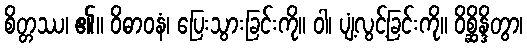
စိတ္တဿ၊ ၏။ ဝိဓာဝနံ၊ ပြေးသွားခြင်းကို။ ဝါ၊ ပျံ့လွင့်ခြင်းကို။ ဝိစ္ဆိန္ဒိတွာ၊